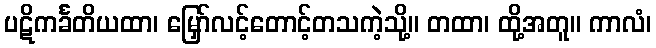
ပဋိကင်္ခတိယထာ၊ မြှော်လင့်တောင့်တသကဲ့သို့။ တထာ၊ ထို့အတူ။ ကာလံ၊